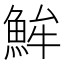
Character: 𩶢